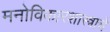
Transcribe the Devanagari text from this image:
मनोविकारशास्त्राचे